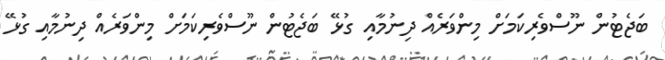
ބަޖެޓުން ނޫސްވެރިކަމަށް މިންވަރެއް ދިނުމާއި ގުޅޭ ބަޖެޓުން ނޫސްވެރިކަމަށް މިންވަރެއް ދިނުމާއި ގުޅޭ